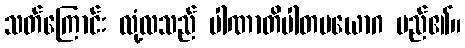
သတ်ကြောင်း လုံ့လသည် ပါဏာတိပါတပယောဂ မည်၏။